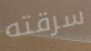
سرقته